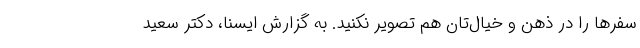
سفرها را در ذهن و خیال‌تان هم تصویر نکنید. به گزارش ایسنا، دکتر سعید